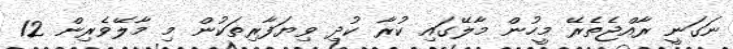
ނަގަނީ ރާއްޖެތެރޭ މީހުން މާލޭގައި ކުރާ ކުދި ވިޔަފާރިތަކުން މި މާލޭވެރިން 12